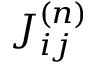
J _ { i j } ^ { ( n ) }